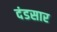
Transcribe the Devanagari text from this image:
दंडसार